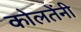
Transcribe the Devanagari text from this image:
कोलतेंनी